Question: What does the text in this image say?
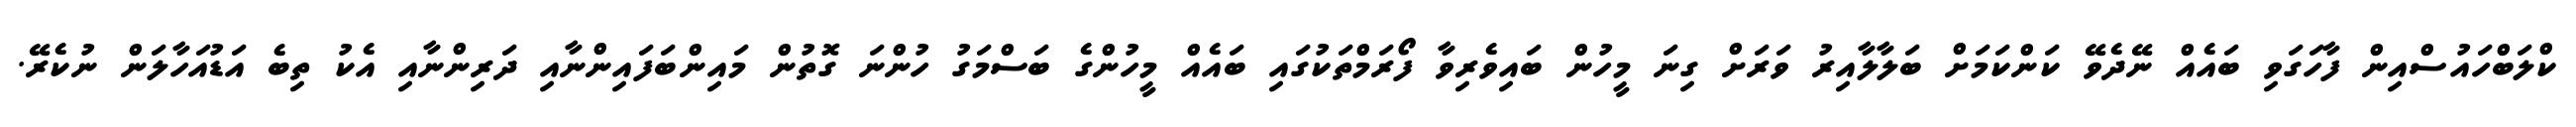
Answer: ކްލަބްހައުސްއިން ފާހަގަވި ބައެއް ނޭދެވޭ ކަންކަމަށް ބަލާލާއިރު ވަރަށް ގިނަ މީހުން ބައިވެރިވާ ފޯރަމްތަކުގައި ބައެއް މީހުންގެ ބަސްމަގު ހުންނަ ގޮތުން މައިންބަފައިންނާއި ދަރިންނާއި އެކު ތިބެ އަޑުއަހާލަން ނުކެރޭ.